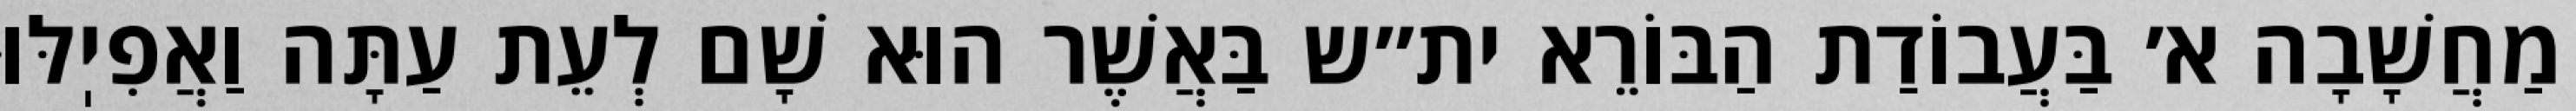
מַחֲשָׁבָה א׳ בַּעֲבוֹדַת הַבּוֹרֵא ית״ש בַּאֲשֶׁר הוּא שָׁם לְעֵת עַתָּה וַאֲפִיֽלּוּ